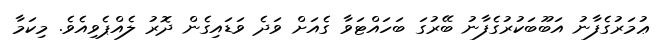
ޢުމަރުގެފާނު އަބޫބަކުރުގެފާނު ބޭރުގަ ބަހައްޓަވާ ގެއަށް ވަދެ ވަޑައިގެން ދޮރު ލެއްޕެވިއެވެ. މިކަމާ